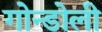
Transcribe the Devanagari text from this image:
गोन्डोली